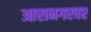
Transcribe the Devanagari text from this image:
आरानगरवर